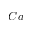
C a